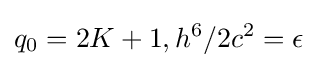
q_{0}=2K+1,h^{6}/2c^{2}=\epsilon